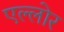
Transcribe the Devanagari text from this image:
एल्लोर